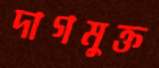
দাগমুক্ত